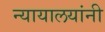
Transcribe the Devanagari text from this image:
न्यायालयांनी